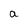
Character: a